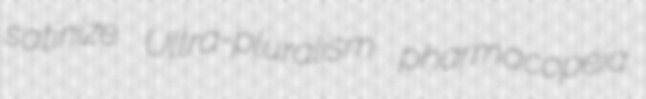
satinize Ultra-pluralism pharmacopeia